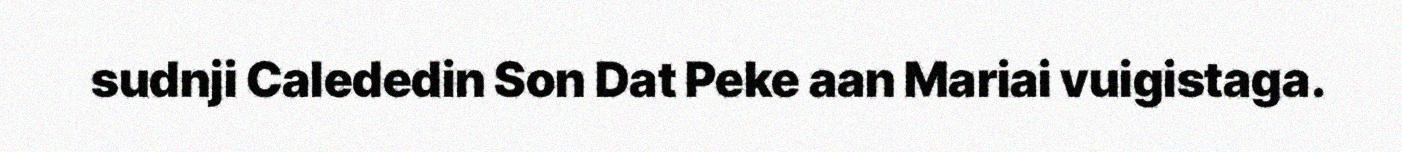
sudnji Calededin Son Dat Peke aan Mariai vuigistaga.